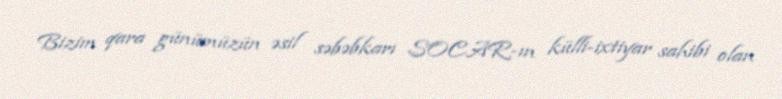
Bizim qara günümüzün əsil səbəbkarı SOCAR-ın külli-ixtiyar sahibi olan